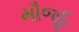
મૌજૂદ